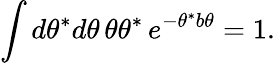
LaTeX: \int d\theta^{*}d\theta\, \theta\theta^{*}\, e^{-\theta^{*}b\theta}=1.